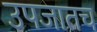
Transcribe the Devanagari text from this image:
उपजातच